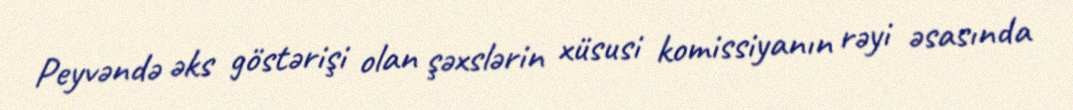
Peyvəndə əks göstərişi olan şəxslərin xüsusi komissiyanın rəyi əsasında